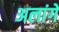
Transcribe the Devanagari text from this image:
अलांगे